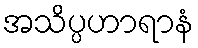
အသိပ္ပဟာရာနံ